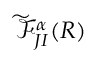
\widetilde { \mathcal { F } } _ { J I } ^ { \alpha } ( R )